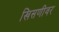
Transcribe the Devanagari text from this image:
खिसणीवर